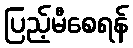
ပြည့်မီစေရန်